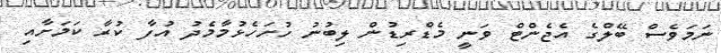
ނަމަވެސް ބޭލްގެ އެޖެންޓް ވަނީ މެޑްރިޑުން ލިބުނު ހުށަހެޅުމާމެދު އުފާ ކުރާ ކަމަށާއި